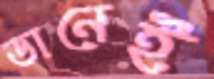
ডানেই